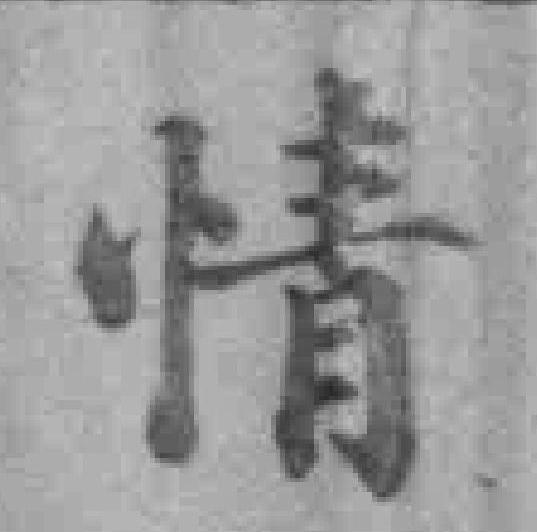
情